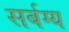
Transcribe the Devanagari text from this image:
सर्बग्य